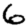
Digit: 6